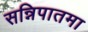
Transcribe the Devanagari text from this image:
सन्निपातमा